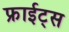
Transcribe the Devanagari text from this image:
फ्राईट्स